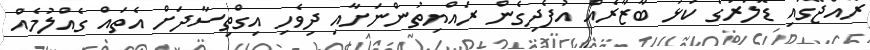
ރާއްޖޭގައި ޑޮލަރުގެ ކަޅު ބާޒާރެއް އުފެދިގެން ރައްޔިތުންނަށާއި ދިވެހި އިގްތިސާދަށް އެތައް ގެއްލުމެއް